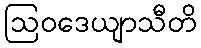
ဩဝဒေယျာသီတိ